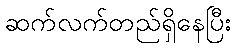
ဆက်လက်တည်ရှိနေပြီး